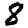
Digit: 8